Indian journal of veterinary science and animal husbandry - Volume 8,
Year: 1938
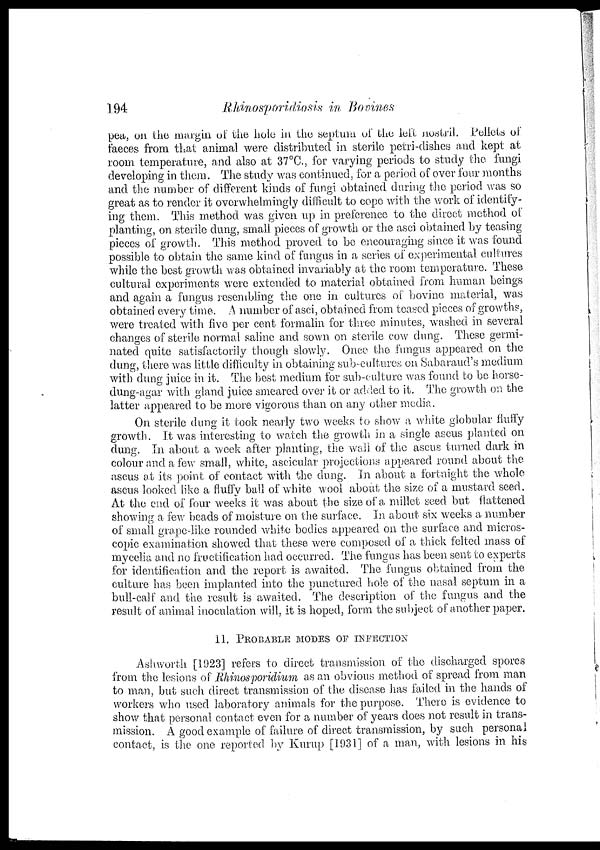
194
Rhinosporidiosis in Bovines
pea, on the margin of the hole in the septum of the left nostril. Pellets of
faeces from that animal were distributed in sterile petri-dishes and kept at
room temperature, and also at 37°C, for varying periods to study the fungi
developing in them. The study was continued, for a period of over four months
and the number of different kinds of fungi obtained during the period was so
great as to render it overwhelmingly difficult to cope with the work of identify-
ing them. This method was given up in preference to the direct method of
planting, on sterile dung, small pieces of growth or the asci obtained by teasing
pieces of growth. This method proved to be encouraging since it was found
possible to obtain the same kind of fungus in a series of experimental cultures
while the best growth was obtained invariably at the room temperature. These
cultural experiments were extended to material obtained from human beings
and again a fungus resembling the one in cultures of bovine material, was
obtained every time. A number of asci, obtained from teased pieces of growths,
were treated with five per cent formalin for three minutes, washed in several
changes of sterile normal saline and sown on sterile cow dung. These germi-
nated quite satisfactorily though slowly. Once the fungus appeared on the
dung, there was little difficulty in obtaining sub-cultures on Sabaraud's medium
with dung juice in it. The best medium for sub-culture was found to be horse¬
dung-agar with gland juice smeared over it or added to it. The growth on the
latter appeared to be more vigorous than on any other media.
On sterile dung it took nearly two weeks to show a white globular fluffy
growth. It was interesting to watch the growth in a single ascus planted on
dung. In about a week after planting, the wall of the ascus turned dark in
colour and a few small, white, ascicular projections appeared round about the
ascus at its point of contact with the dung. In about a fortnight the whole
ascus looked like a fluffy ball of white wool about the size of a mustard seed.
At the end of four weeks it was about the size of a millet seed but flattened
showing a few beads of moisture on the surface. In about six weeks a number
of small grape-like rounded white bodies appeared on the surface and micros-
copic examination showed that these were composed of a thick felted mass of
mycelia and no fructification had occurred. The fungus has been sent to experts
for identification and the report is awaited. The fungus obtained from the
culture has been implanted into the punctured hole of the nasal septum in a
bull-calf and the result is awaited. The description of the fungus and the
result of animal inoculation will, it is hoped, form the subject of another paper.
11. PROBABLE MODES OF INFECTION
Ashworth [1923] refers to direct transmission of the discharged spores
from the lesions of Rhinosporidium as an obvious method of spread from man
to man, but such direct transmission of the disease has failed in the hands of
workers who used laboratory animals for the purpose. There is evidence to
show that personal contact even for a number of years does not result in trans-
mission. A good example of failure of direct transmission, by such personal
contact, is the one reported by Kurup [1931] of a man, with lesions in his